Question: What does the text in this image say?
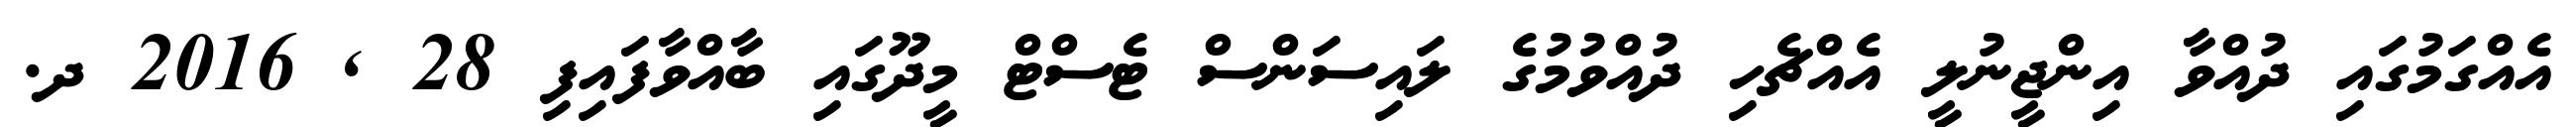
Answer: އެއްގަމުގައި ދުއްވާ އިންޖީނުލީ އެއްޗެހި ދުއްވުމުގެ ލައިސަންސް ޓެސްޓް މީދޫގައި ބާއްވާފައިފި 28 , 2016 ދ.